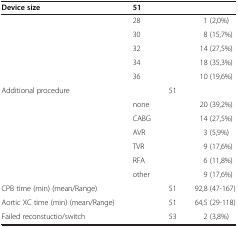
<table><thead><tr><td><b>Device size</b></td><td colspan="3"><b>51</b></td></tr></thead><tbody><tr><td> </td><td>28</td><td> </td><td>1 (2,0%)</td></tr><tr><td> </td><td>30</td><td> </td><td>8 (15,7%)</td></tr><tr><td> </td><td>32</td><td> </td><td>14 (27,5%)</td></tr><tr><td> </td><td>34</td><td> </td><td>18 (35,3%)</td></tr><tr><td> </td><td>36</td><td> </td><td>10 (19,6%)</td></tr><tr><td>Additional procedure</td><td> </td><td>51</td><td> </td></tr><tr><td> </td><td>none</td><td> </td><td>20 (39,2%)</td></tr><tr><td> </td><td>CABG</td><td> </td><td>14 (27,5%)</td></tr><tr><td> </td><td>AVR</td><td> </td><td>3 (5,9%)</td></tr><tr><td> </td><td>TVR</td><td> </td><td>9 (17,6%)</td></tr><tr><td> </td><td>RFA</td><td> </td><td>6 (11,8%)</td></tr><tr><td> </td><td>other</td><td> </td><td>9 (17,6%)</td></tr><tr><td>CPB time (min) (mean/Range)</td><td> </td><td>51</td><td>92,8 (47-167)</td></tr><tr><td>Aortic XC time (min) (mean/Range)</td><td> </td><td>51</td><td>64,5 (29-118)</td></tr><tr><td>Failed reconstuctio/switch</td><td> </td><td>53</td><td>2 (3,8%)</td></tr></tbody></table>